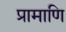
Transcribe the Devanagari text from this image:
प्रामाणि